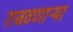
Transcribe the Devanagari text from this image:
राबवणाऱ्या